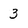
Character: 3